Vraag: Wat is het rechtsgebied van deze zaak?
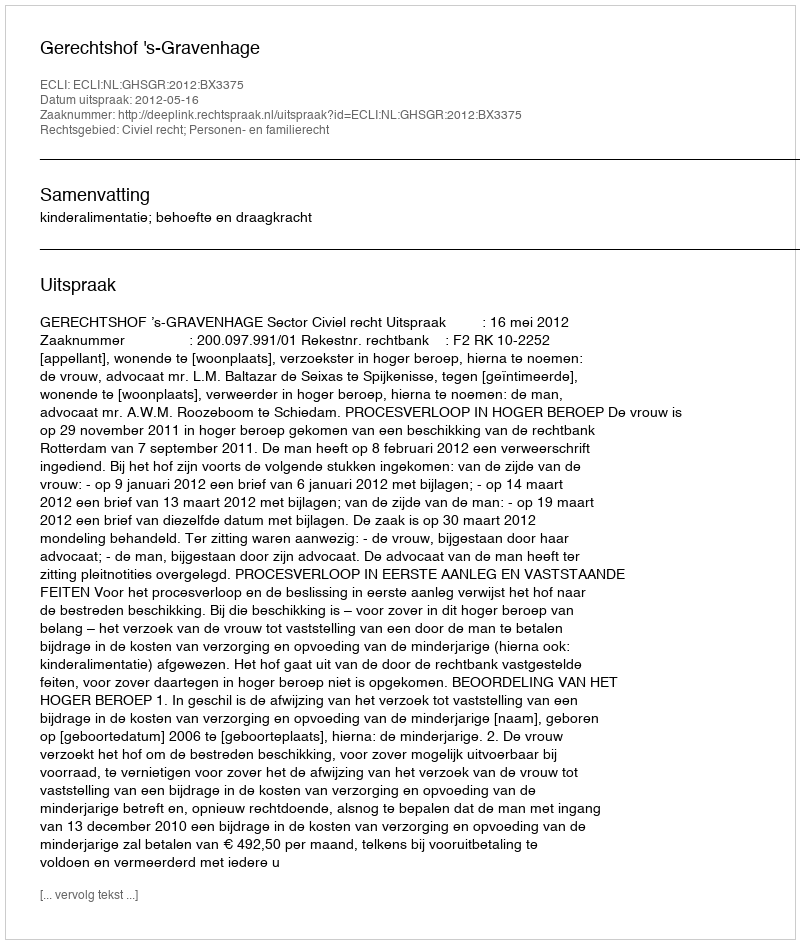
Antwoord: Civiel recht; Personen- en familierecht